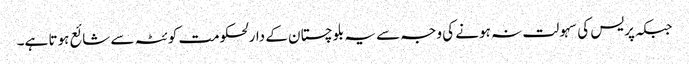
جبکہ پریس کی سہولت نہ ہونے کی وجہ سے یہ بلوچستان کے دارلحکومت کوئٹہ سے شائع ہوتا ہے۔